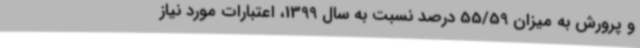
و پرورش به میزان 55/59 درصد نسبت به سال 1399، اعتبارات مورد نیاز